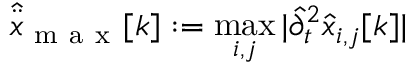
\hat { \ddot { x } } _ { \mathrm { ~ m ~ a ~ x ~ } } [ k ] : = \operatorname* { m a x } _ { i , j } | \hat { \partial } _ { t } ^ { 2 } \hat { x } _ { i , j } [ k ] |